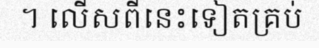
។ លើសពីនេះទៀតគ្រប់